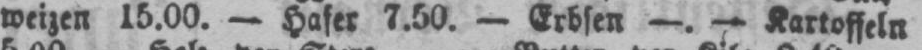
weizen 15.00. - Hafer 7.50. - Erbsen -. - Kartoffeln